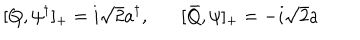
[ Q , \psi ^ { \dagger } ] _ { + } = i { \sqrt 2 } a ^ { \dagger } , [ \bar { Q } , \psi ] _ { + } = - i { \sqrt 2 } a